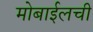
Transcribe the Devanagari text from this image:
मोबाईलची